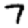
Digit: 7